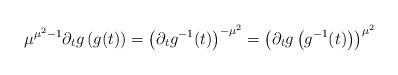
LaTeX: \begin{align*}\mu^{\mu^2-1}\partial_t{g}\left(g(t)\right)=\left(\partial_t{g}^{-1}(t)\right)^{-\mu^2}=\left({\partial_t{g}\left(g^{-1}(t)\right)}\right)^{\mu^2}\end{align*}